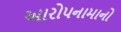
આરોપનામાનો